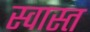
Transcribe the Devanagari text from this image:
स्वास्त